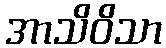
အာသိဝိသာ